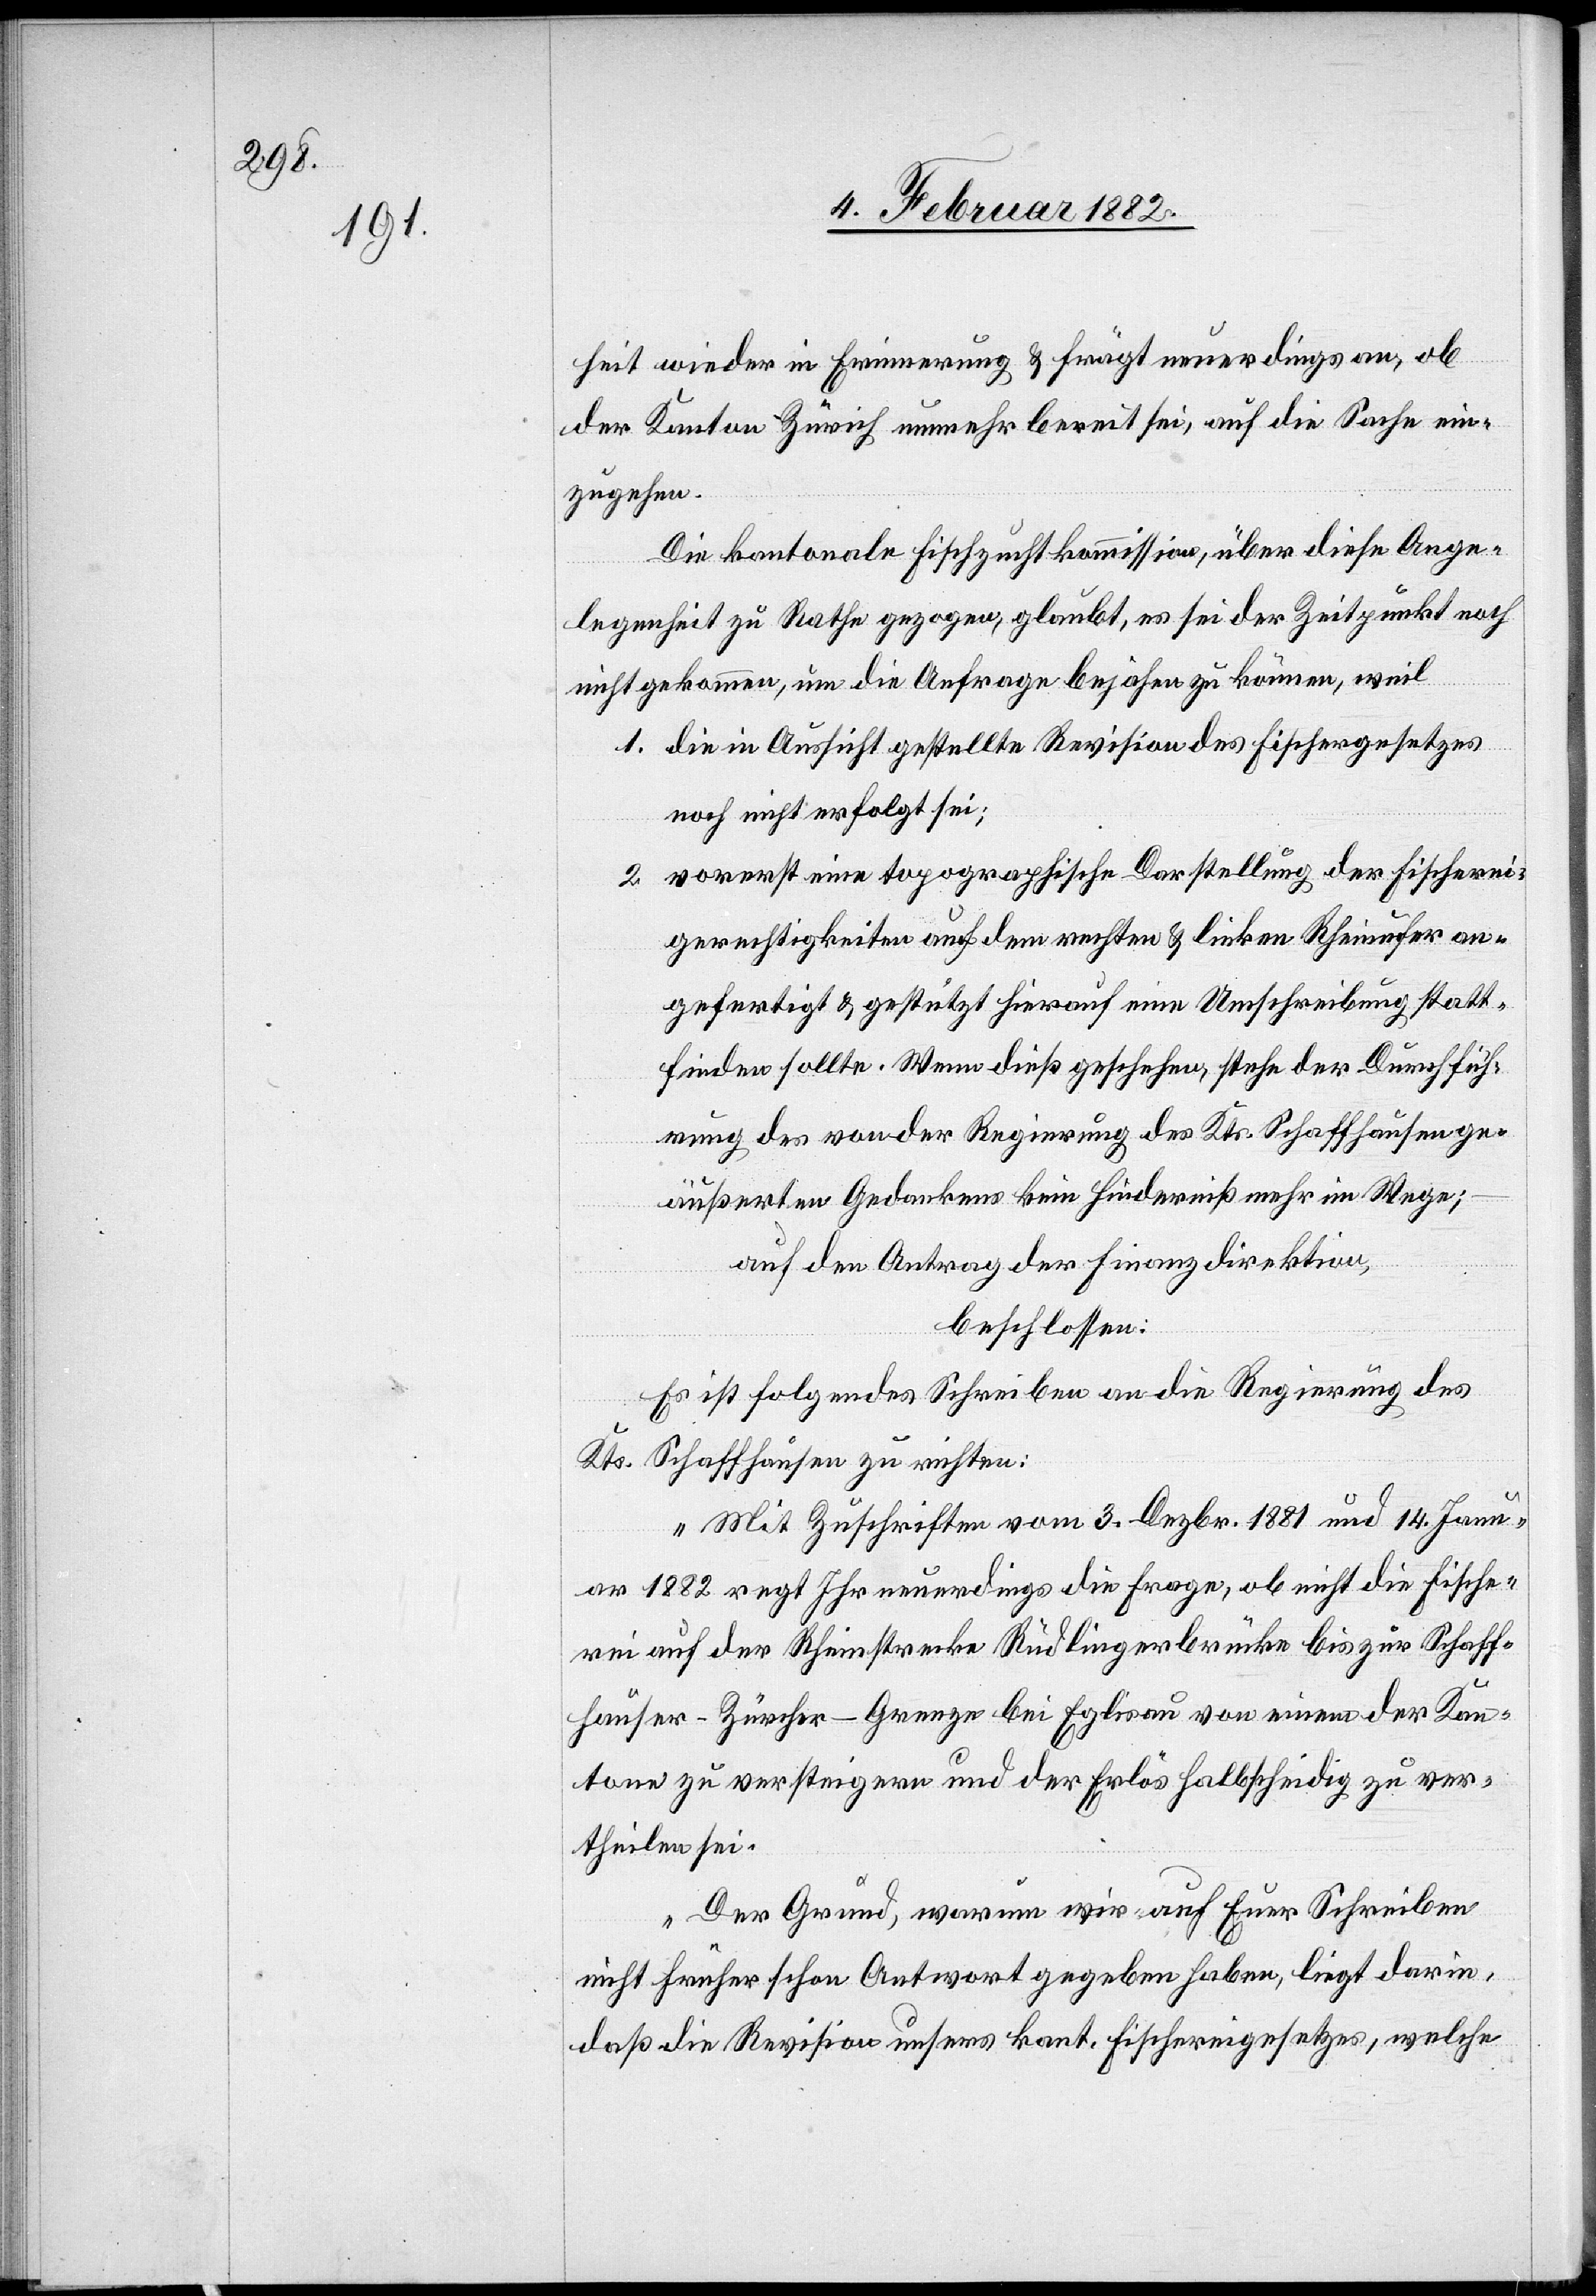
heit wieder in Erinnerung & frägt neuerdings an, ob
der Kanton Zürich, nunmehr bereit sei, auf die Sache ein¬
zugehen.
Die kantonale Fischzuchtkommission, über diese Ange¬
legenheit zu Rathe gezogen, glaubt, es sei der Zeitpunkt noch
nicht gekommen, um die Anfrage bejahen zu können, weil
1. die in Aussicht gestellte Revision des Fischergesetzes
noch nicht erfolgt sei;
2. vorerst eine topographische Darstellung der Fischerei¬
gerechtigkeiten auf dem rechten & linken Rheinufer an¬
gefertigt & gestützt hierauf eine Umschreibung statt¬
finden sollte. Wenn dieß geschehen, stehe der Durchfüh¬
rung des von der Regierung des Kts. Schaffhausen ge¬
äußerten Gedankens kein Hinderniß mehr im Wege;
auf den Antrag der Finanzdirektion,
beschlossen:
Es ist folgendes Schreiben an die Regierung des
Kts. Schaffhausen zu richten:
„Mit Zuschriften vom 3. Dezbr. 1881 und 14. Jan¬
uar 1882 regt Ihr neuerdings die Frage, ob nicht die Fische¬
rei auf der Rheinstrecke Rüdlingerbrücke bis zur Schaff¬
hauser–Zürcher-Grenze bei Eglisau von einem der Kan¬
tone zu versteigern und der Erlös halbscheidig zu ver¬
theilen sei.
Der Grund, warum wir auf Euer Schreiben
nicht früher schon Antwort gegeben haben, liegt darin,
daß die Revision unseres kant. Fischergesetzes, welche